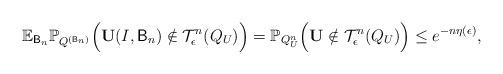
LaTeX: \begin{align*} \mathbb{E}_{\mathsf{B}_n}\mathbb{P}_{Q^{(\mathsf{B}_n)}}\Big(\mathbf{U}(I,\mathsf{B}_n)\notin\mathcal{T}_\epsilon^n(Q_U)\Big)=\mathbb{P}_{Q_U^n}\Big(\mathbf{U}\notin\mathcal{T}_\epsilon^n(Q_U)\Big)\leq e^{-n\eta(\epsilon)},\end{align*}